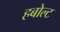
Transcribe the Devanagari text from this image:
हबोल्ट